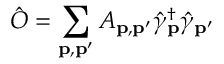
\hat { O } = \sum _ { \bf p , p ^ { \prime } } A _ { \bf p , p ^ { \prime } } \hat { \gamma } _ { \bf p } ^ { \dagger } \hat { \gamma } _ { \bf p ^ { \prime } }